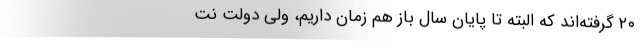
۲۰ گرفته‌اند که البته تا پایان سال باز هم زمان داریم، ولی دولت نت